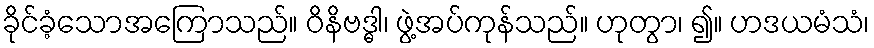
ခိုင်ခံ့သောအကြောသည်။ ဝိနိဗဒ္ဓါ၊ ဖွဲ့အပ်ကုန်သည်။ ဟုတွာ၊ ၍။ ဟဒယမံသံ၊